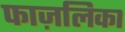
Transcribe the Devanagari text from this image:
फाज़लिका